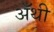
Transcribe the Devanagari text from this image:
अॅथी